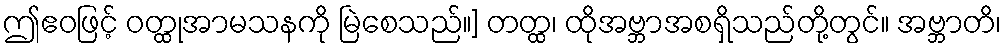
ဤဧဝဖြင့် ဝတ္ထုအာမသနကို မြဲစေသည်။] တတ္ထ၊ ထိုအဗ္ဘာအစရှိသည်တို့တွင်။ အဗ္ဘာတိ၊